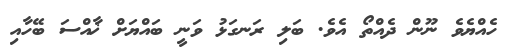
ހެއްޔެވެ ނޫން ދެއްތޯ އެވެ. ބަލި ރަނގަޅު ވަނީ ބައްޔަށް ޚާއްސަ ބޭހާއި